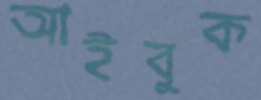
আইবুক